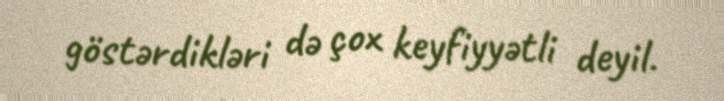
göstərdikləri də çox keyfiyyətli deyil.